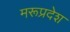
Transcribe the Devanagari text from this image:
मरूप्रदेश